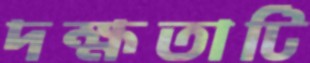
দক্ষতাটি